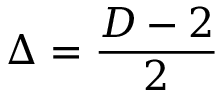
\Delta = { \frac { D - 2 } { 2 } }